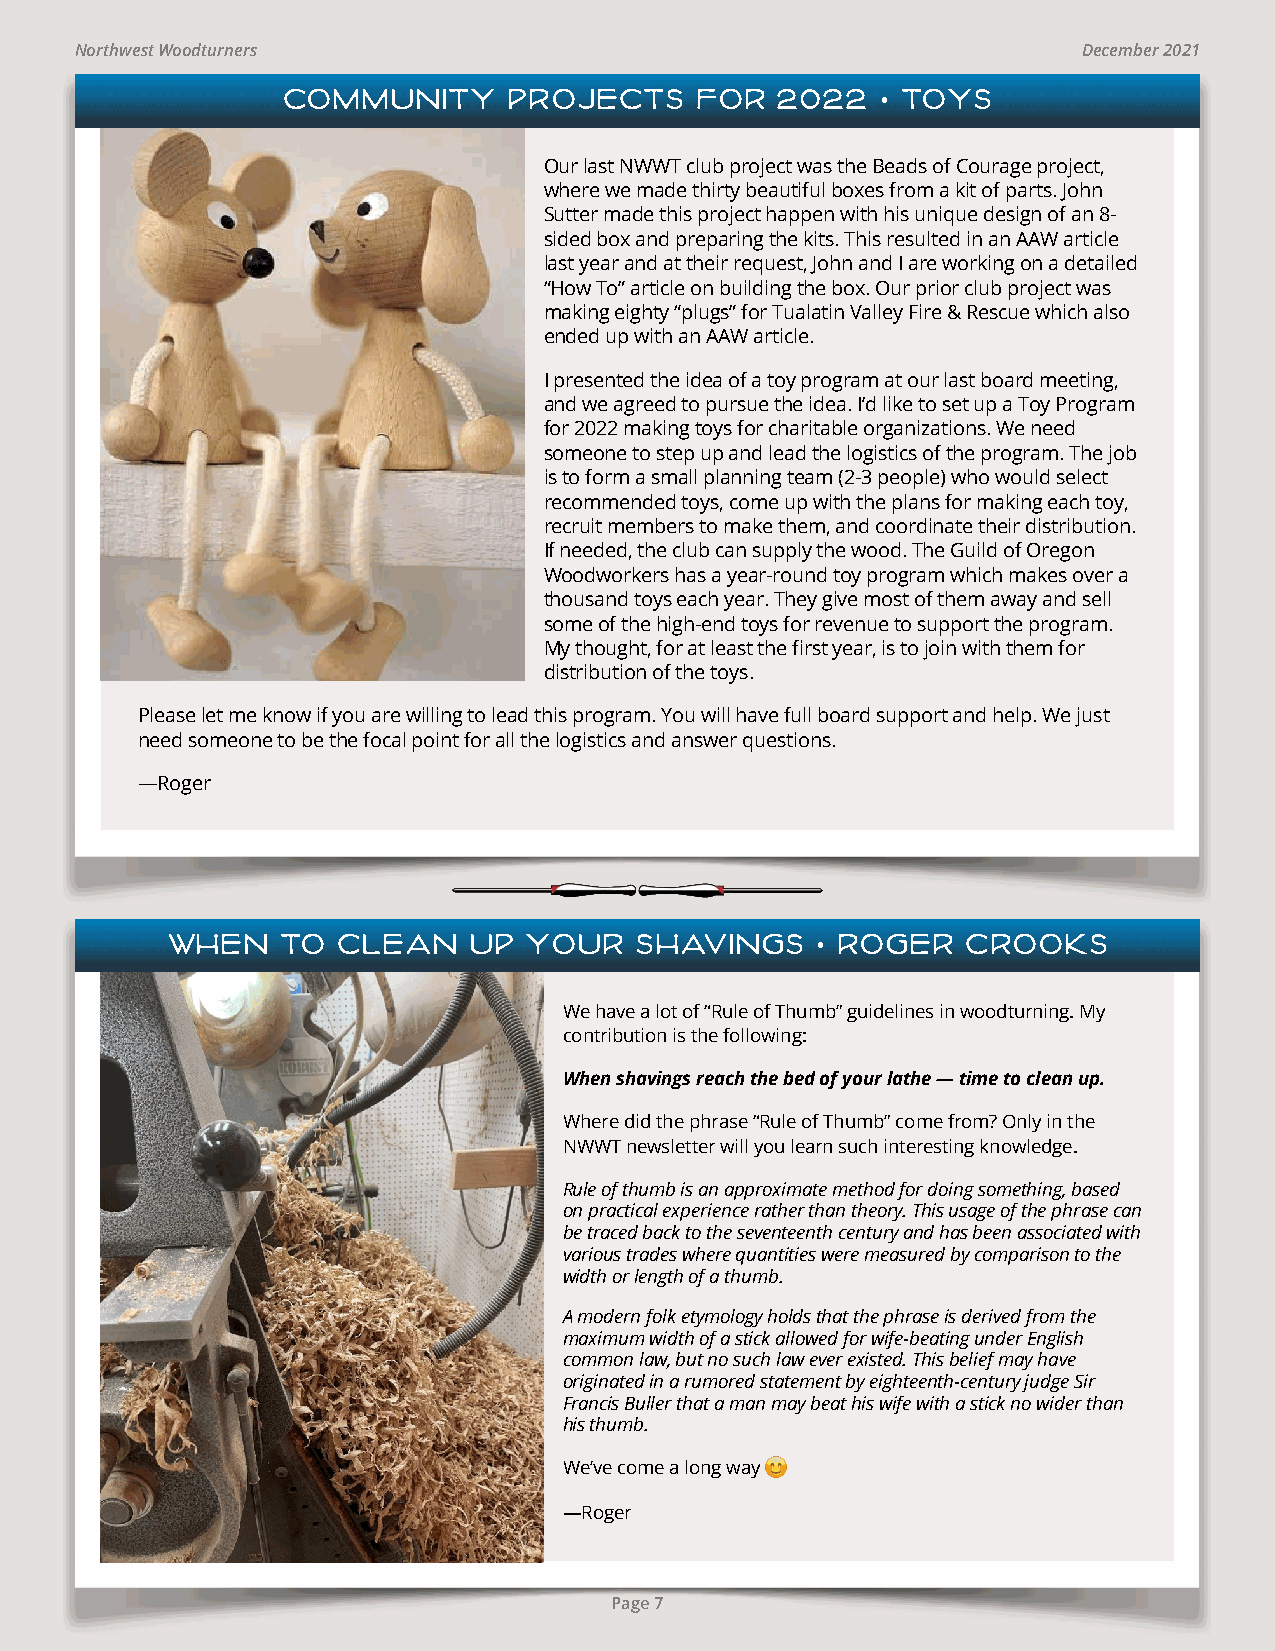
Northwest Woodturners                                              December 2021
 COMMUNITY      PROJECTS    FOR   2022  • TOYS
 Our last NWWT club project was the Beads of Courage project,
 where we made thirty beautiful boxes from a kit of parts. John
 Sutter made this project happen with his unique design of an 8-
 sided box and preparing the kits. This resulted in an AAW article
 last year and at their request, John and I are working on a detailed
 “How To” article on building the box. Our prior club project was
 making eighty “plugs” for Tualatin Valley Fire & Rescue which also
 ended up with an AAW article.
 I presented the idea of a toy program at our last board meeting,
 and we agreed to pursue the idea. I’d like to set up a Toy Program
 for 2022 making toys for charitable organizations. We need
 someone to step up and lead the logistics of the program. The job
 is to form a small planning team (2-3 people) who would select
 recommended toys, come up with the plans for making each toy,
 recruit members to make them, and coordinate their distribution.
 If needed, the club can supply the wood. The Guild of Oregon
 Woodworkers has a year-round toy program which makes over a
 thousand toys each year. They give most of them away and sell
 some of the high-end toys for revenue to support the program.
 My thought, for at least the first year, is to join with them for
 distribution of the toys.
 Please let me know if you are willing to lead this program. You will have full board support and help. We just
 need someone to be the focal point for all the logistics and answer questions.
 —Roger
 WHEN    TO CLEAN    UP  YOUR   SHAVINGS    • ROGER   CROOKS
 We have a lot of “Rule of Thumb” guidelines in woodturning. My
 contribution is the following:
 When shavings reach the bed of your lathe — time to clean up.
 Where did the phrase “Rule of Thumb” come from? Only in the
 NWWT newsletter will you learn such interesting knowledge.
 Rule of thumb is an approximate method for doing something, based
 on practical experience rather than theory. This usage of the phrase can
 be traced back to the seventeenth century and has been associated with
 various trades where quantities were measured by comparison to the
 width or length of a thumb.
 A modern folk etymology holds that the phrase is derived from the
 maximum width of a stick allowed for wife-beating under English
 common law, but no such law ever existed. This belief may have
 originated in a rumored statement by eighteenth-century judge Sir
 Francis Buller that a man may beat his wife with a stick no wider than
 his thumb.
 We’ve come a long way 😊
 —Roger
 Page 7